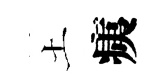
土痍